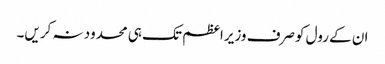
ان کے رول کوصرف وزیراعظم تک ہی محدود نہ کریں۔